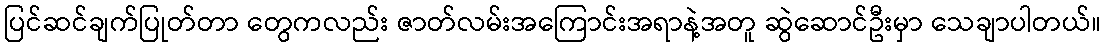
ပြင်ဆင်ချက်ပြုတ်တာ တွေကလည်း ဇာတ်လမ်းအကြောင်းအရာနဲ့အတူ ဆွဲဆောင်ဦးမှာ သေချာပါတယ်။